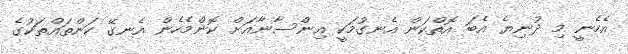
އެހެނީ މި ދުނިޔެ އެބަ އޮތްކަން އެނގުމަކީ އިންސާނާއަށް ކޮންމެހެން އެނގޭ ކަންތައްތަކުގެ